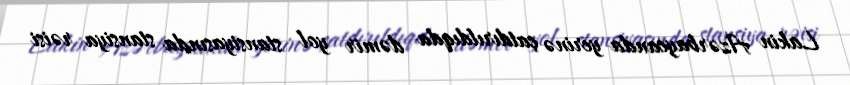
Lakin Azərbaycanda yerinə çatdırıldıqda dəmir yol stansiyasında stansiya rəisi